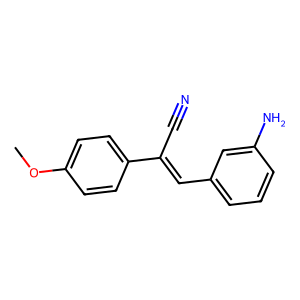
SMILES: COc1ccc(C(C#N)=Cc2cccc(N)c2)cc1
Inhibits HIV replication: No